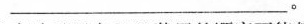
___。